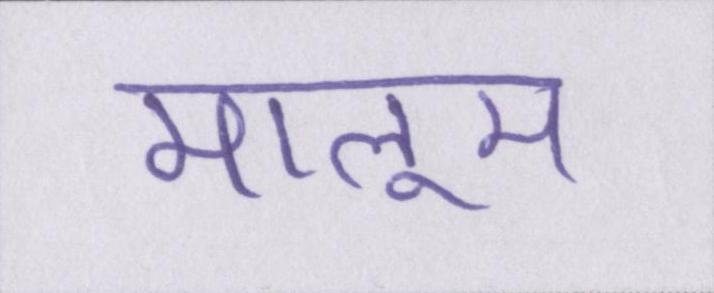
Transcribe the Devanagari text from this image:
मालूम